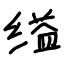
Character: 缢